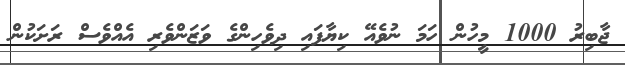
ޖާބިރު 1000 މީހުން ހަމަ ނުވެއޭ ކިޔާފައި ދިވެހިންގެ ވަޒަންވެރި އެއްވެސް ރަށަކުން